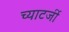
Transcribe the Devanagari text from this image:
च्याटर्जी